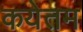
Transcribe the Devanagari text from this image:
कयेतम